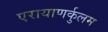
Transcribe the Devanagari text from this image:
एरायाणर्कुलम